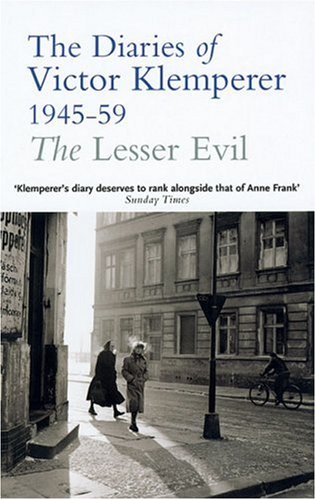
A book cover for The Lesser Evil: The Diaries of Victor Klemperer 1945-59; Victor Klemperer; Biographies & Memoirs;